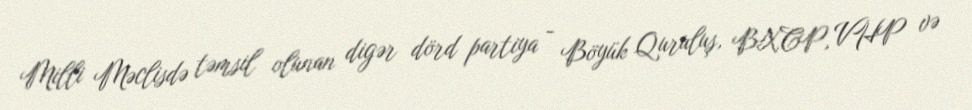
Milli Məclisdə təmsil olunan digər dörd partiya - Böyük Quruluş, BXCP, VHP və